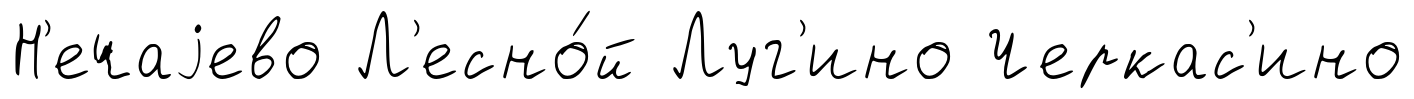
Н'ечаjево Л'есно́й Луг'ино Черкас'ино